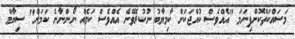
މަސައްކަތްކޮށްފިނަމަ "އެއްވެސް ކުއްޖަކަށް ކާމިޔާބު ނުކުރެވޭނެ އެއްވެސް ކަމެއް ނޯންނާނެ ކަމަށް" ސިޔާމް